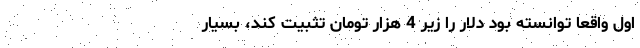
اول واقعاً توانسته بود دلار را زیر 4 هزار تومان تثبیت کند، بسیار